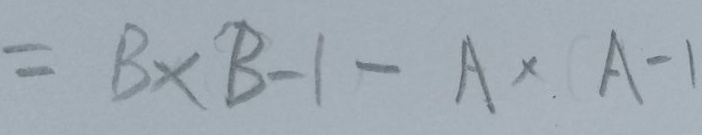
= B \times B - 1 - A \times A - 1